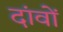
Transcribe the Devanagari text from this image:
दांवों